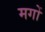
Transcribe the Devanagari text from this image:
मगों